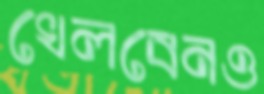
খেলবেনও